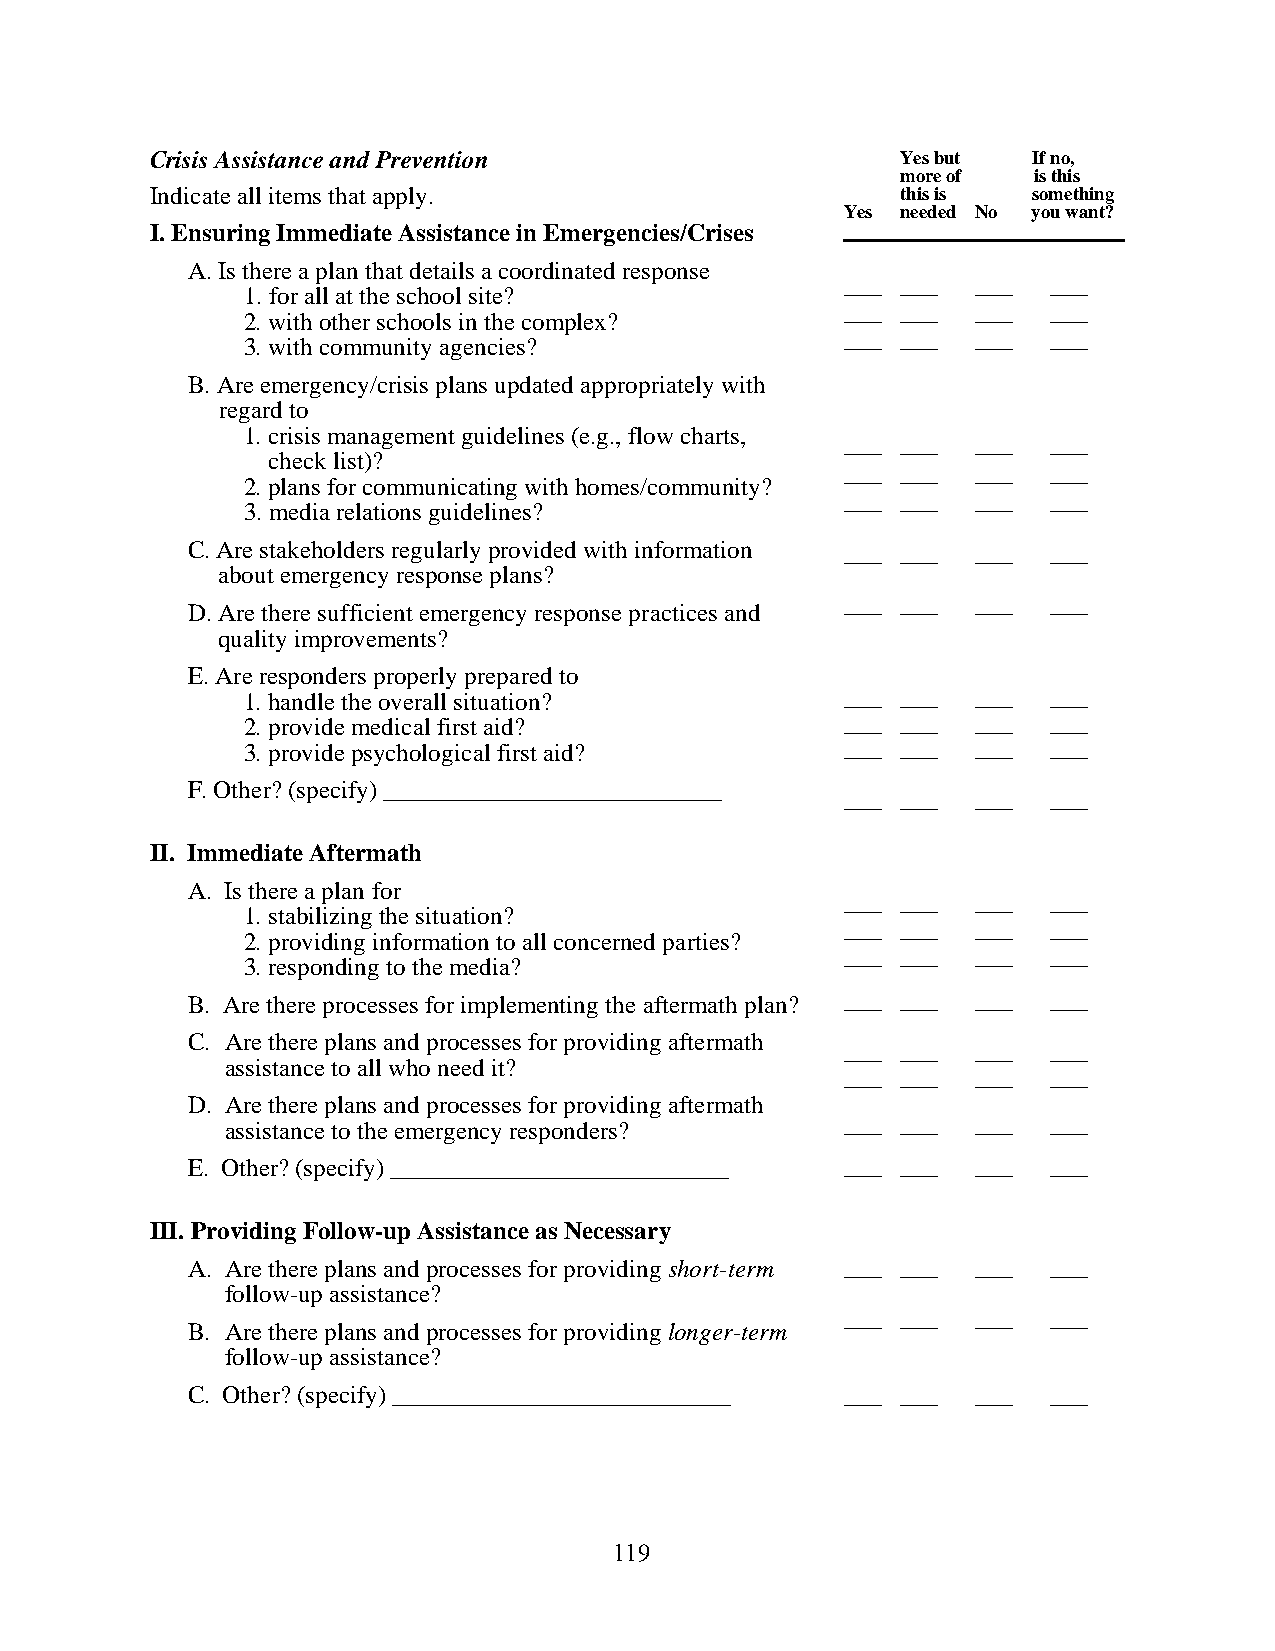
Crisis Assistance and Prevention                  Yes but If no,
 more of is this
 Indicate all items that apply.                    this is something
 Yes needed No you want?
 I. Ensuring Immediate Assistance in Emergencies/Crises
 A. Is there a plan that details a coordinated response
 ___ ___  ___  ___
 1. for all at the school site?
 ___ ___  ___  ___
 2. with other schools in the complex?
 ___ ___  ___  ___
 3. with community agencies?
 B. Are emergency/crisis plans updated appropriately with
 regard to
 1. crisis management guidelines (e.g., flow charts,
 ___ ___  ___  ___
 check list)?
 ___ ___  ___  ___
 2. plans for communicating with homes/community?
 ___ ___  ___  ___
 3. media relations guidelines?
 C. Are stakeholders regularly provided with information ___ ___ ___ ___
 about emergency response plans?
 ___ ___  ___  ___
 D. Are there sufficient emergency response practices and
 quality improvements?
 E. Are responders properly prepared to
 1. handle the overall situation?        ___ ___  ___  ___
 2. provide medical first aid?           ___ ___  ___  ___
 3. provide psychological first aid?     ___ ___  ___  ___
 F. Other? (specify) ___________________________
 ___ ___  ___  ___
 II. Immediate Aftermath
 A. Is there a plan for
 ___ ___  ___  ___
 1. stabilizing the situation?
 ___ ___  ___  ___
 2. providing information to all concerned parties?
 ___ ___  ___  ___
 3. responding to the media?
 B. Are there processes for implementing the aftermath plan? ___ ___ ___ ___
 C. Are there plans and processes for providing aftermath
 ___ ___  ___  ___
 assistance to all who need it?
 ___ ___  ___  ___
 D. Are there plans and processes for providing aftermath
 ___ ___  ___  ___
 assistance to the emergency responders?
 E. Other? (specify) ___________________________ ___ ___ ___ ___
 III. Providing Follow-up Assistance as Necessary
 A. Are there plans and processes for providing short-term ___ ___ ___ ___
 follow-up assistance?
 ___ ___  ___  ___
 B. Are there plans and processes for providing longer-term
 follow-up assistance?
 C. Other? (specify) ___________________________ ___ ___ ___ ___
 119